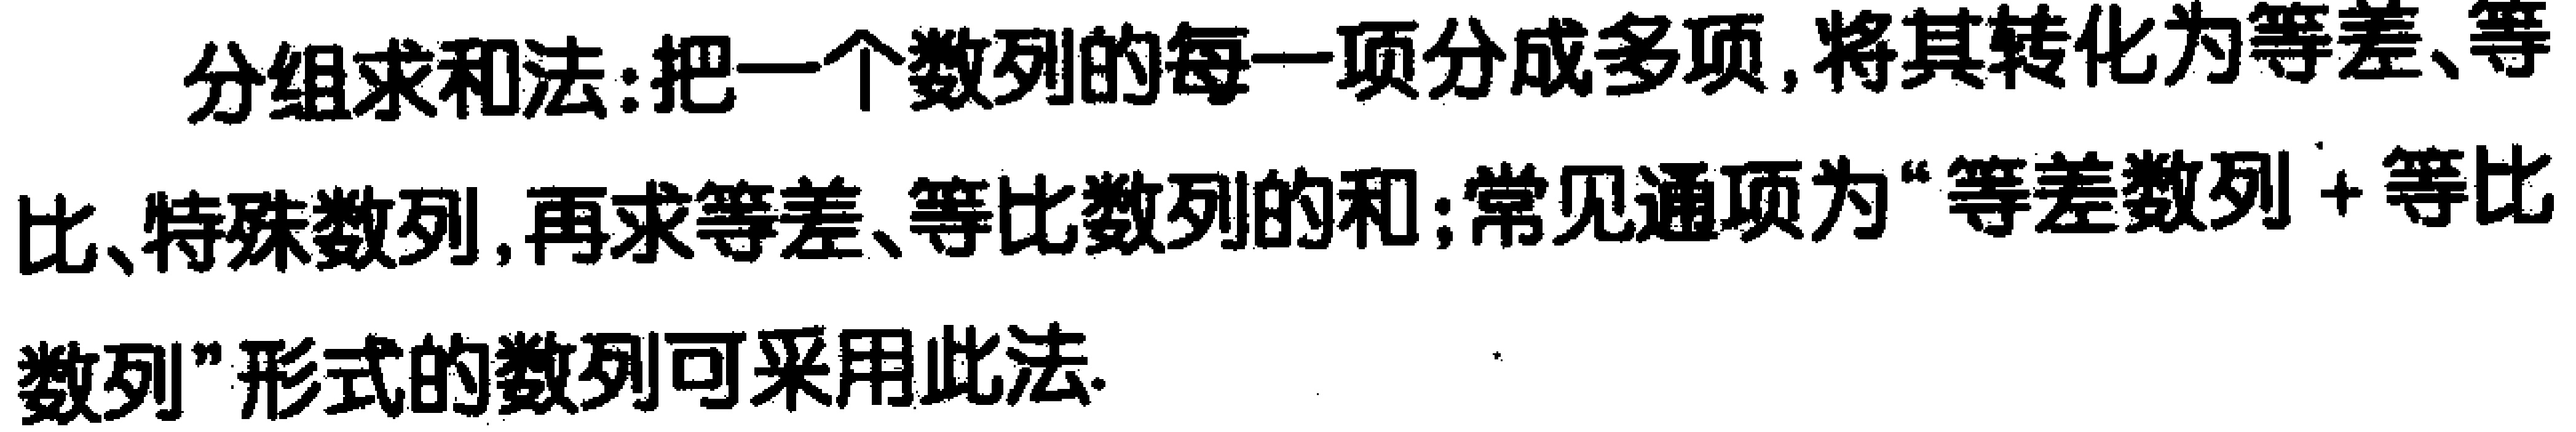
分组求和法:把一个数列的每一项分成多项,将其转化为等差、等比、特殊数列,再求等差、等比数列的和;常见通项为“等差数列+等比数列”形式的数列可采用此法.